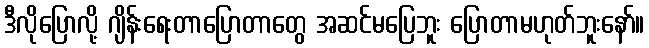
ဒီလိုပြောလို့ ဂျိန်းရေးတာပြောတာတွေ အဆင်မပြေဘူး ပြောတာမဟုတ်ဘူးနော်။